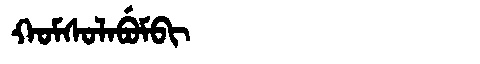
Manchu: ᡴᠣᠮᠰᠣᠯᠠᠪᡠᠮᠪᡳ
Romanization: KOMSOLABUMBI